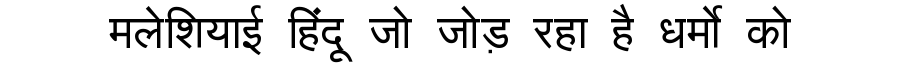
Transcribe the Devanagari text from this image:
मलेशियाई हिंदू जो जोड़ रहा है धर्मो को